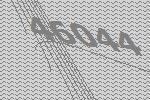
46044